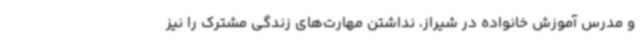
و مدرس آموزش خانواده در شیراز، نداشتن مهارت‌های زندگی مشترک را نیز